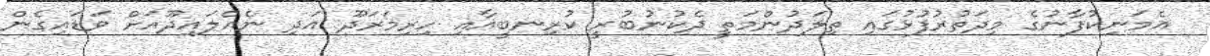
އެމަނިކުފާނުގެ މިދަތުރުފުޅުގައި ތިލަދުންމަތީ ދެކުނުބުރީ ކުރިނބީއާއި ހިރިމަރަދޫ އަދި ނެއްލައިދޫއަށް ވަޑައިގެން